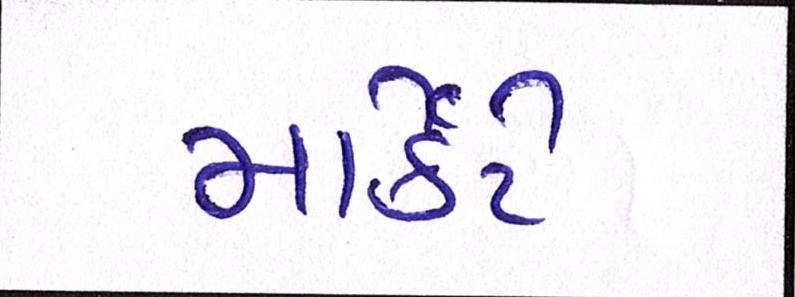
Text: માર્કેટે